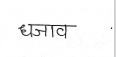
मजकूर: धजाव